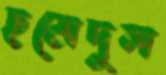
ছমেদুল